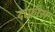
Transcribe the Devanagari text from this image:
दाफ्नीस